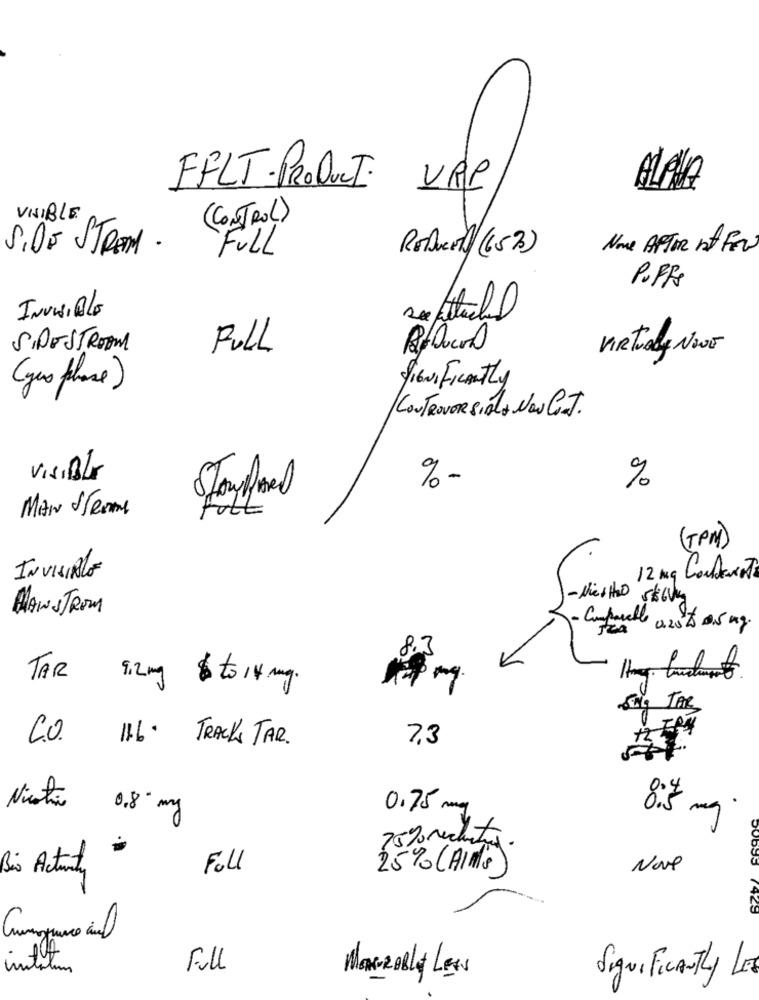
FFLT . PRODUCT: VRP
ALPHA
UNIBLE
(CONTROL)
SIDE STREAM .
FULL
None AFTER It FEW
RoDuct ( 65 2)
PUFFS
INVISIBLE
SIDE STROOM
FULL
Virtualy Neve
SIGNIFICANTLY
( yes phase)
CONTROVERSIALA NON Ce.T.
VISIBLE
%
% -
MAIN STREme
Fot
(TPM)
INVISIBLE
- Niesiho 5/60kg
MAW STROM
- Comprarall
0.20 / 0,5 mg.
2,3
TAR 9.2 mg $ to 14 mg.
FRI
C.O. 116. TRACK TAR.
7,3
Nicotra
0.8 0 mg
0.75 mg
8:5 mg
75% recruiting.
Bio Activity
Foll
25% (AIMS)
Nove
(425
3
Full
MORRABly LES
Significantly LE